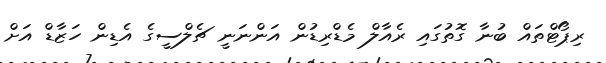
ރިޕޯޓްތައް ބުނާ ގޮތުގައި ރެއާލް މެޑްރިޑުން އަންނަނީ ޗެލްސީގެ އެޑިން ހަޒާޑް އަށް